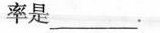
率是___.